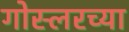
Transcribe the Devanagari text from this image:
गोस्लरच्या